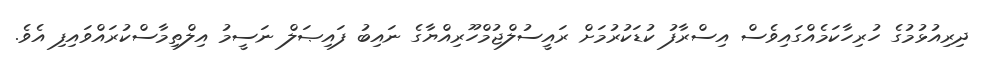
ދިރިއުޅުމުގެ ހުރިހާކަމެއްގައިވެސް އިސްރާފު ކުޑަކުރުމަށް ރައީސުލްޖުމްހޫރިއްޔާގެ ނައިބު ފައިޞަލް ނަސީމު އިލްތިމާސްކުރައްވައިފި އެވެ.